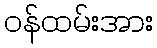
ဝန်ထမ်းအား